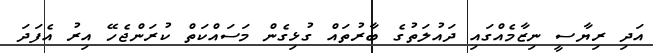
އަދި ރިޔާސީ ނިޒާމެއްގައި ދައުލަތުގެ ބާރުތައް ގުޅިގެން މަސައްކަތް ކުރަންޖެހޭ އިރު އެފަދަ